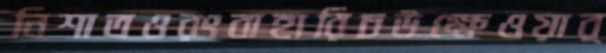
নিশাতওরংবাহারিচউক্ষেওয়ার্